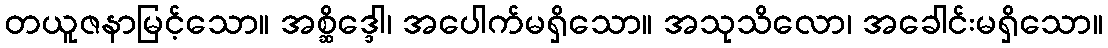
တယူဇနာမြင့်သော။ အစ္ဆိဒ္ဒေါ၊ အပေါက်မရှိသော။ အသုသိလော၊ အခေါင်းမရှိသော။